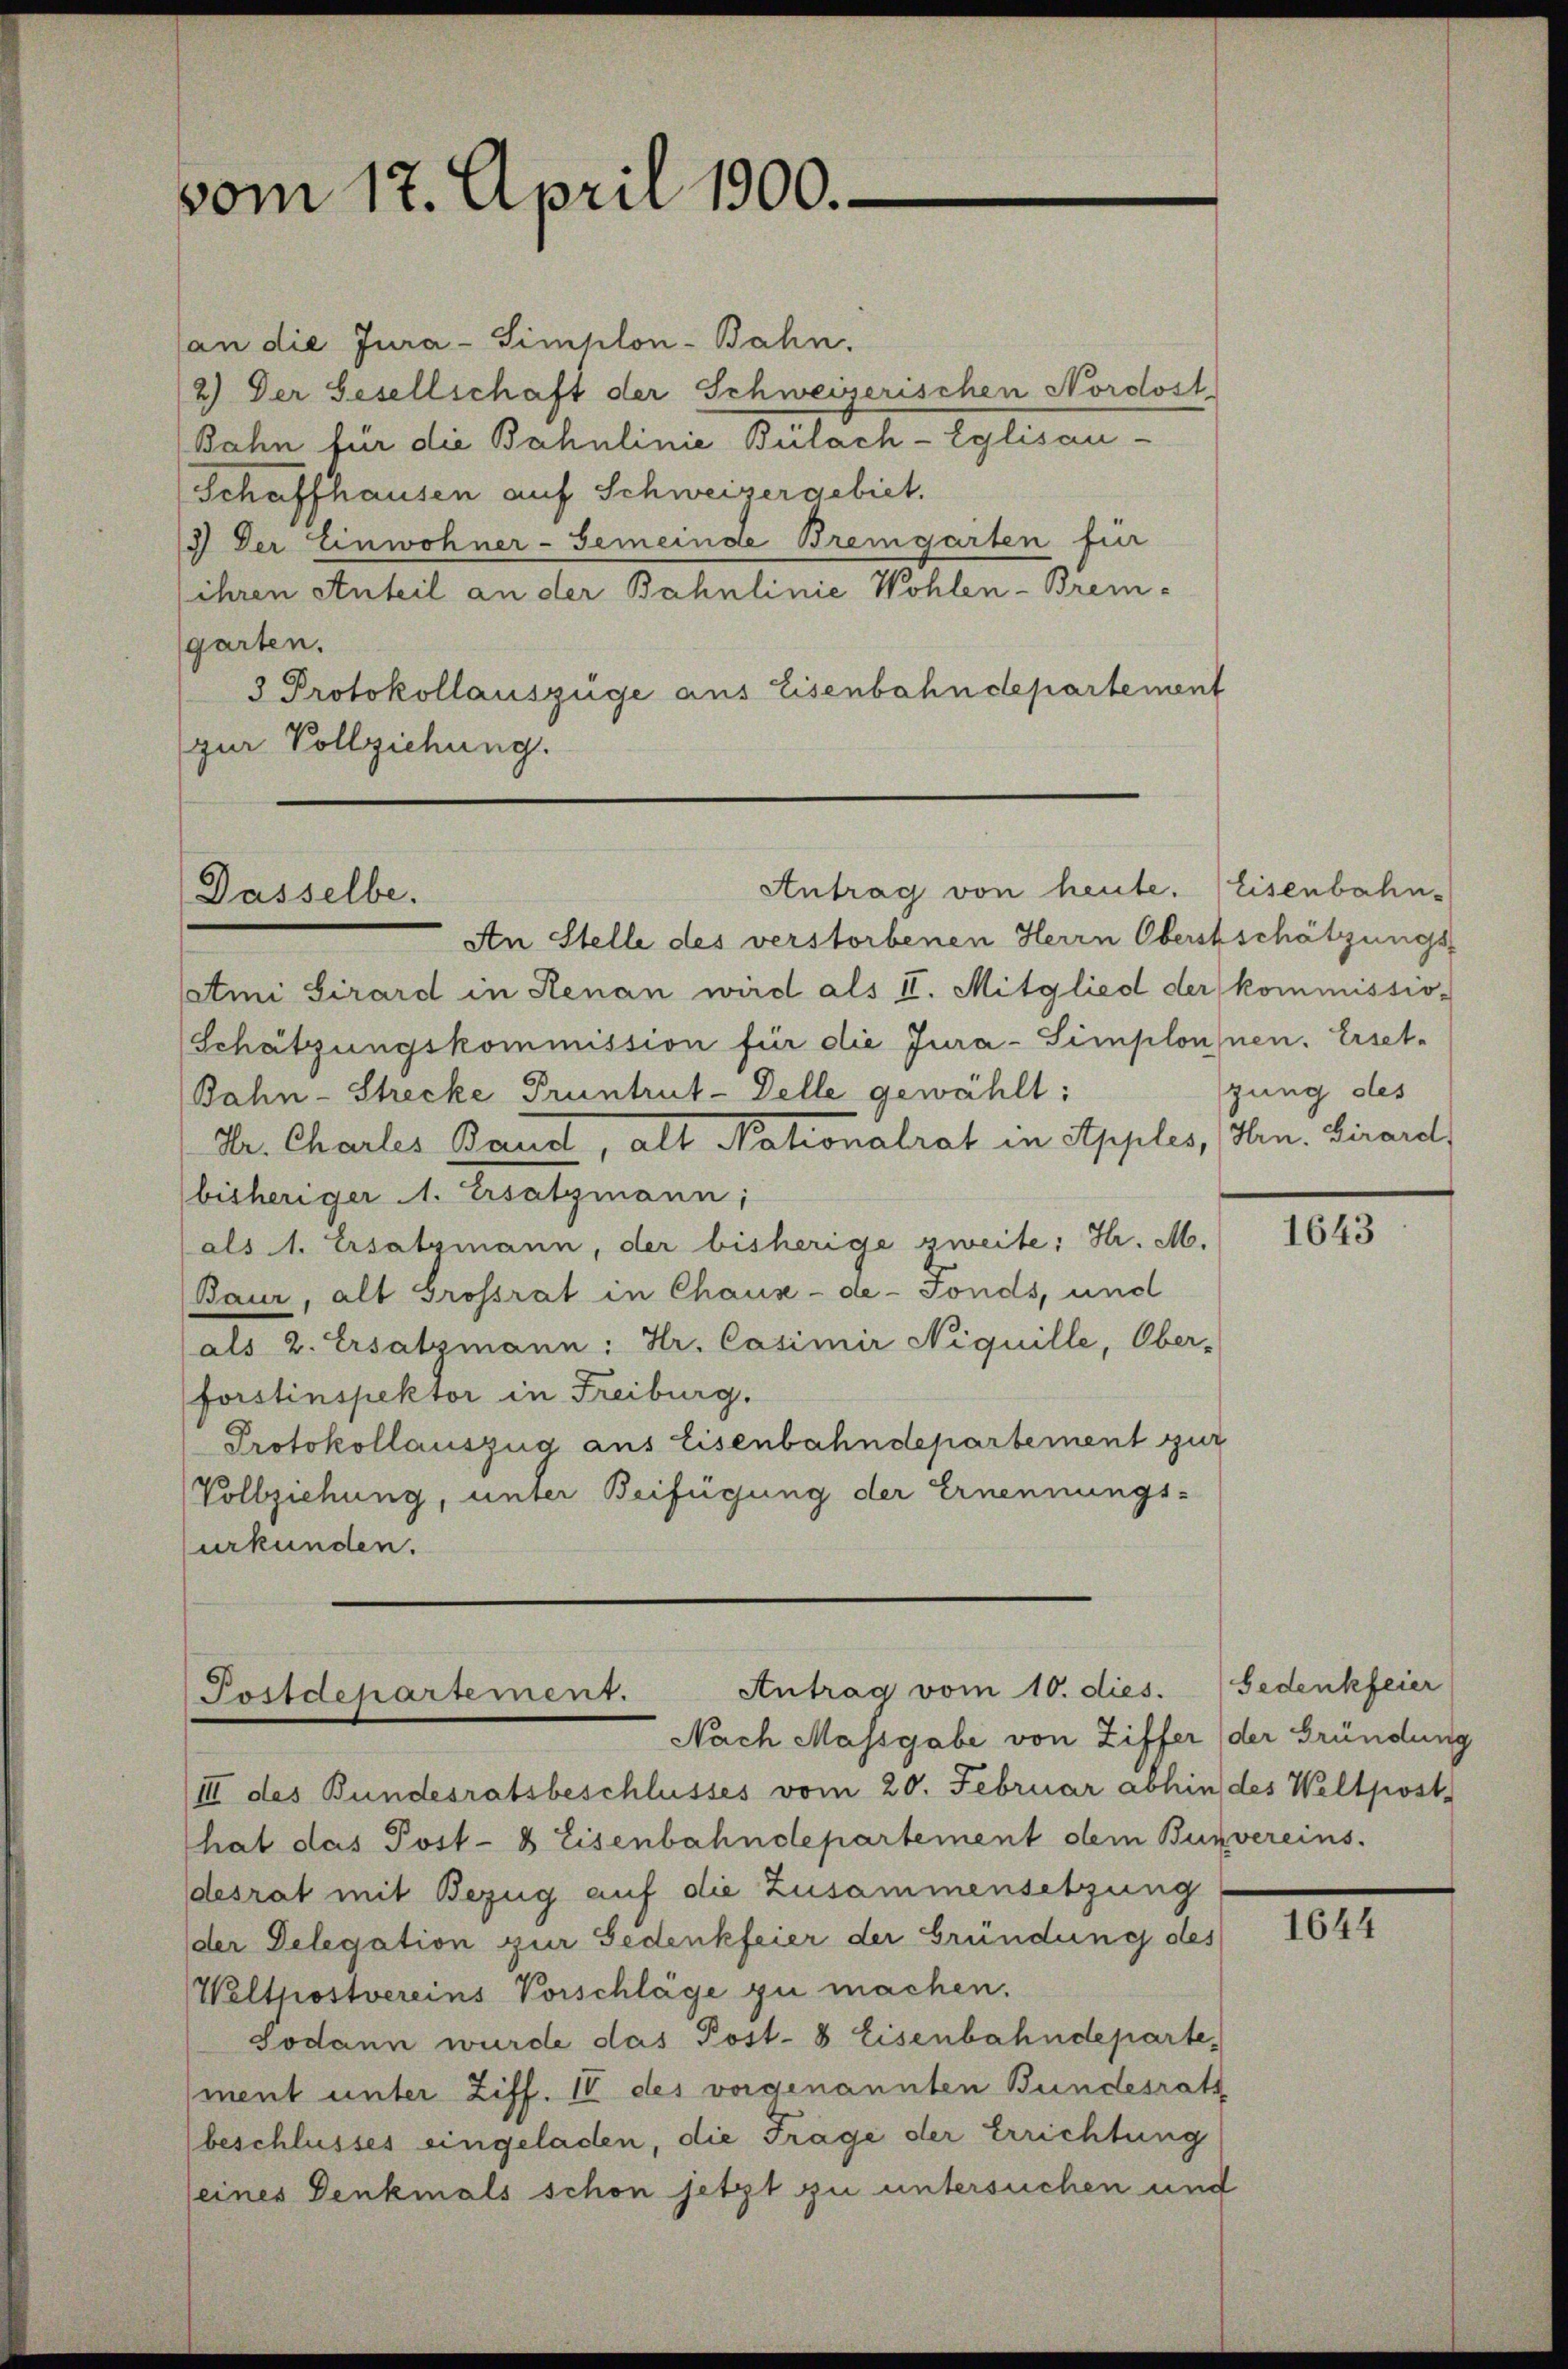
vom 17. April 1900.

(an die Jura-Simplon-Bahn.
2.) Der Gesellschaft der Schweizerischen Nordost
Bahn für die Bahnlinie Bülach-Eglisau-
Schaffhausen auf Schweizergebiet.
3) Der Einwohner-Gemeinde Bremgarten für
ihren Anteil an der Bahnlinie Wohlen-Brem-
garten.
3 Protokollauszüge aus Eisenbahndepartement
zur Vollziehung.

Antrag von heute. Eisenbahn-
Dasselbe.

Antrag vom 10. dies. Gedenkfeier
Postdepartement.
Nach Massgabe von Ziffer der Gründung

An Stelle des verstorbenen Herrn Oberstschätzungs-
atmi Sirard in Renan wird als II. Mitglied der kommissio-
Schätzungskommission für die Jura-Simplonnen. Erset-
Bahn-Strecke Pruntrut-Delle gewählt:
Dr. Charles Band, alt Nationalrat in Apples, Hrn. Girard
bisheriger 1. Ersatzmann;
als 1. Ersatzmann, der bisherige zweite: Hr. M.
Baur, als Grossrat in Chaux-de-Fonds, und
als 2. Ersatzmann: Hr. Casimir Niquille, Ober-
forstinspektor in Freiburg.
Protokollauszug aus Eisenbahndepartement zur
Vollziehung, unter Beifügung der Ernennungs-
urkunden.

(III des Bundesratsbeschlusses vom 20. Februar abhin des Weltpost.
hat das Post- & Eisenbahndepartement dem Bunvereins.
desrat mit Bezug auf die Zusammensetzung
der Delegation zur Gedenkfeier der Gründung des
Welthostvereins Vorschläge zu machen.
Sodann wurde das Post- 8 Eisenbahndeparte.
ment unter Ziff. IV des vorgenannten Bundesrath
beschlusses eingeladen, die Frage der Errichtung
seines Denkmals schon jetzt zu untersuchen und

zung des

1643

1644